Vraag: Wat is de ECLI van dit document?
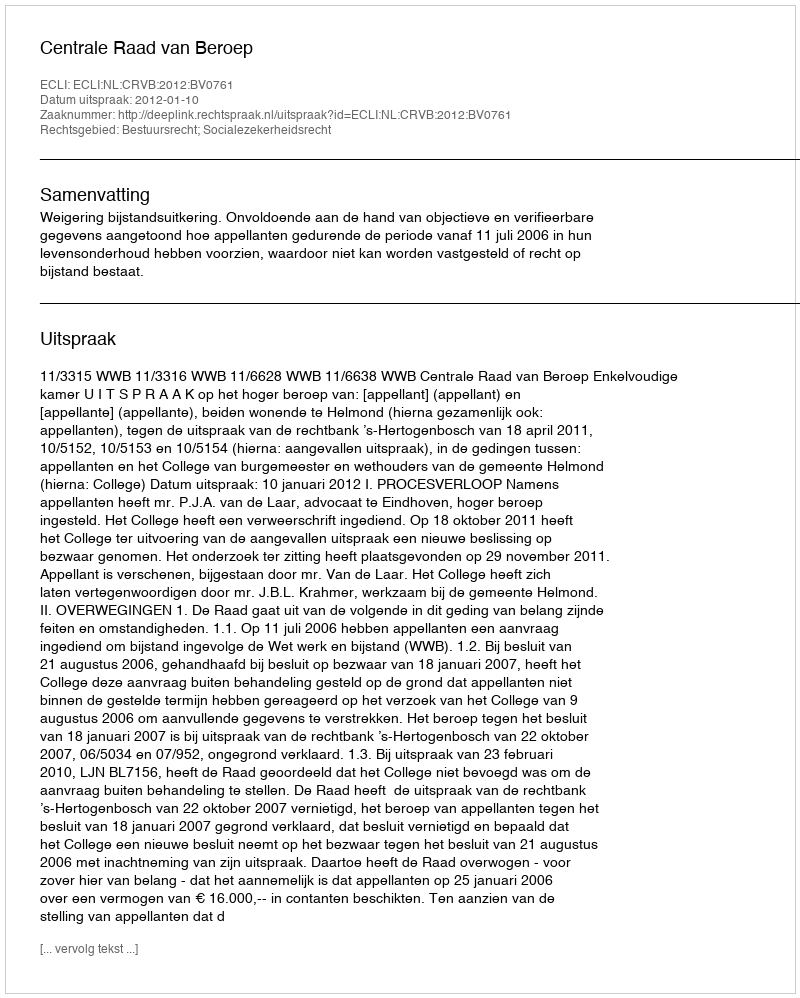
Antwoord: ECLI:NL:CRVB:2012:BV0761